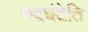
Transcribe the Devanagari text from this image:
चंद्रघंटेति